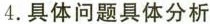
4.具体问题具体分析